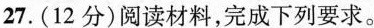
27.(12分)阅读材料，完成下列要求。